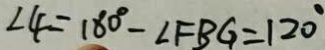
\angle 4 = 1 8 0 ^ { \circ } - \angle F B G = 1 2 0 ^ { \circ }